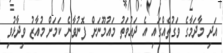
އަދި މާދަމާގެ ވަގުތެއްގައި އެ ދައުވަތު މައުމޫނަށް ފޮނުވާނެ ކަމަށް މުއާޒު ވިދާޅުވި